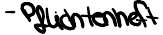
- Pflichtenheft